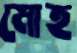
মোহ